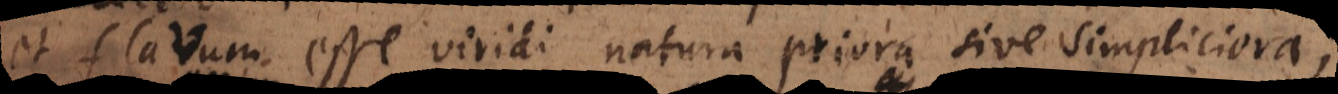
et flavum esse viridi natura priora sive simpliciora;